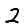
Digit: 2